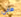
هابل